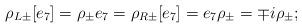
LaTeX: \begin{align*}\rho_{L\pm}[e_{7}] = \rho_{\pm}e_{7} = \rho_{R\pm}[e_{7}] = e_{7}\rho_{\pm} = \mp i \rho_{\pm};\end{align*}